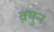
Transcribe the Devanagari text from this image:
क़्युन